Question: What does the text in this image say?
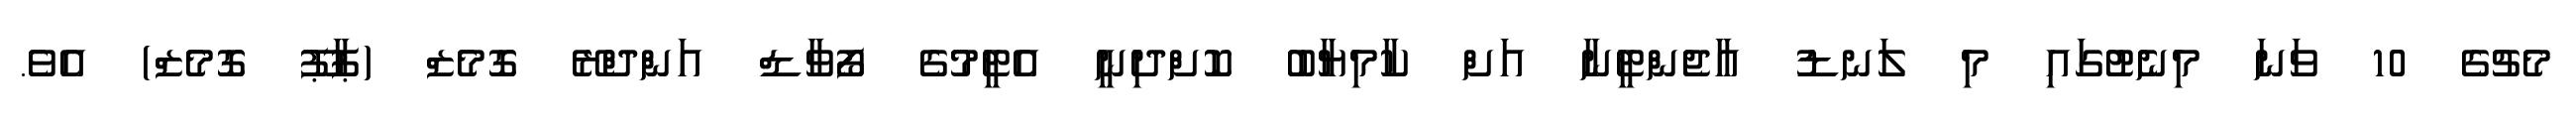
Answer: މެޗުގެ 10 ވަނަ މިނެޓުގައި މި ލަނޑު އާޖެންޓީނާ އަށް ކާމިޔާބު ކޮށްދިނީ އެޓީމުގެ ފޯވާޑް އަންދްރޭ ގޮމެޒް (ޕާޕޫ ގޮމެޒް) އެވެ.